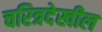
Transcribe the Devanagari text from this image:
चरित्रदेखील